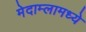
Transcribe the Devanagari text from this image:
मेदाम्लामध्ये